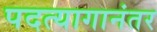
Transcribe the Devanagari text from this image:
पदत्यागानंतर